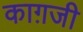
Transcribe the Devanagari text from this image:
काग़जी